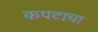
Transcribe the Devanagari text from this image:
कपटाचा